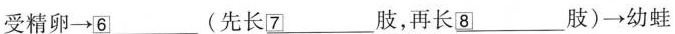
受精卵\rightarrow \underline{\square{6}}(先长\underline{\square{7}}肢，再长\underline{\square{8}}肢)\rightarrow 幼蛙